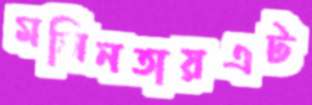
মলিনতায়এট